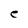
Character: e